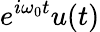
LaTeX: e^{i\omega_{0}t}u(t)